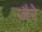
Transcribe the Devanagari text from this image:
जैरे